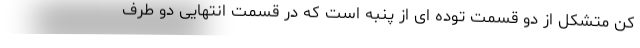
کن متشکل از دو قسمت توده ای از پنبه است که در قسمت انتهایی دو طرف